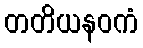
တတိယနဝကံ